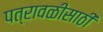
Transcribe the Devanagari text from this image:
पत्रावळीसाठी